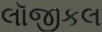
લૉજીકલ